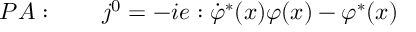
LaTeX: P A : \qquad j ^ { 0 } = - i e : \dot { \varphi } ^ { \ast } ( x ) \varphi ( x ) - \varphi ^ { \ast } ( x )